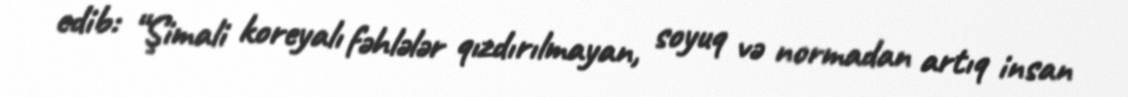
edib: “Şimali koreyalı fəhlələr qızdırılmayan, soyuq və normadan artıq insan